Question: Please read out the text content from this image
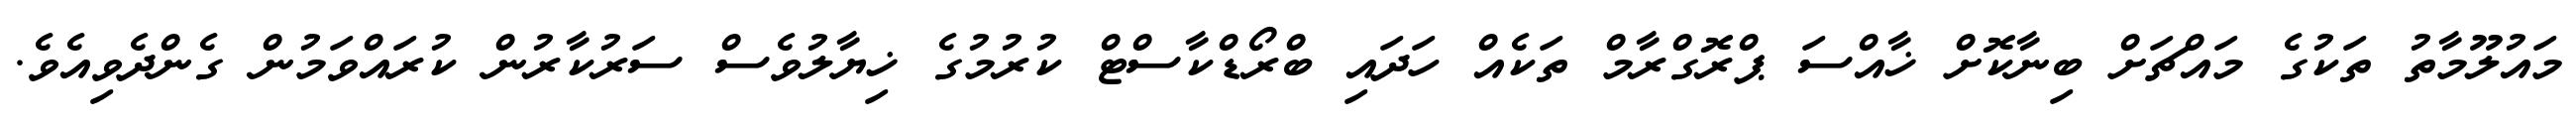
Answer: މައުލޫމާތު ތަކުގެ މައްޗަށް ބިނާކޮށް ޚާއްސަ ޕްރޮގްރާމް ތަކެއް ހަދައި ބްރޯޑްކާސްޓް ކުރުމުގެ ޚިޔާލުވެސް ސަރުކާރުން ކުރައްވަމުން ގެންދެވިއެވެ.